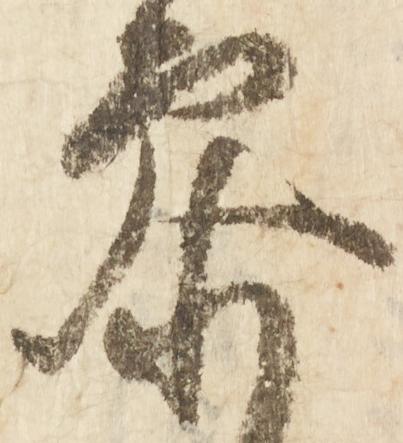
参